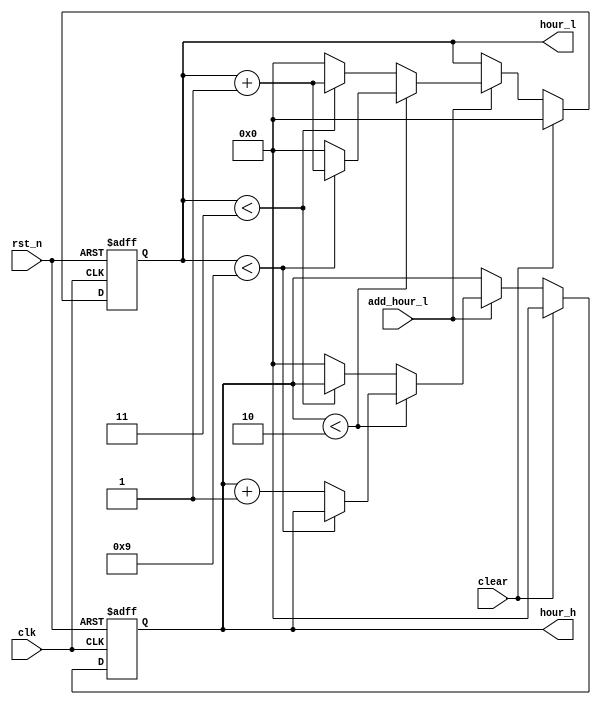
module hour(
    input   clk,
    input   rst_n,
    input   clear,
    input   add_hour_l,

    output  reg [3:0]   hour_h,
    output  reg [3:0]   hour_l
);


always @( posedge clk or negedge rst_n) begin
    if(~rst_n == 1'b1)begin
        hour_l <= 4'b0;
        hour_h <= 4'b0;
    end
    else begin
        if(clear == 1'b0)begin
            if(add_hour_l==1'b1)begin
                if(hour_h < 4'd2)begin //00 01 ... 09 10 11 ...19 hour00~19  20~23
                    if(hour_l < 4'd9)
                        hour_l <= hour_l + 1'b1;
                    else begin
                        hour_l <= 4'd0;
                        hour_h <= hour_h + 1'b1;
                    end
                end
                else begin      //20 21 22 23
                    if(hour_l < 4'd3)
                        hour_l <= hour_l + 1'b1;
                     else begin
                        hour_l <= 4'd0;
                        hour_h <= 4'd0;
                     end
                end
                    end
            else
                ;
        end
        else begin
            hour_l <= 4'b0;
            hour_h <= 4'b0;
        end
    end
end

endmodule